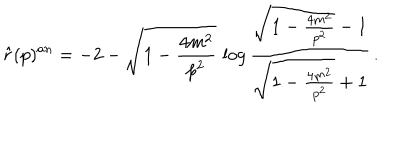
\hat { r } ( p ) ^ { a n } = - 2 - \sqrt { 1 - \frac { 4 m ^ { 2 } } { p ^ { 2 } } } \, \log \frac { \sqrt { 1 - \frac { 4 m ^ { 2 } } { p ^ { 2 } } } - 1 } { \sqrt { 1 - \frac { 4 m ^ { 2 } } { p ^ { 2 } } } + 1 } \, .